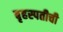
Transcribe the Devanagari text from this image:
बृहस्पतीची